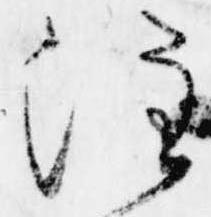
注